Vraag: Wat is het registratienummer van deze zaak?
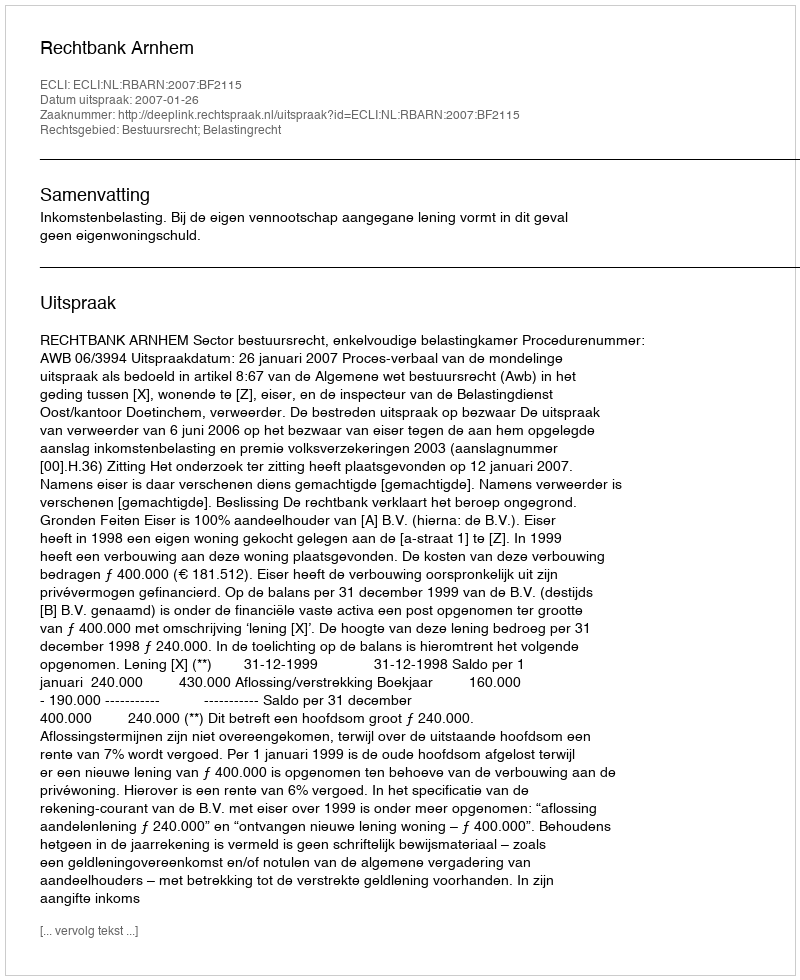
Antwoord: http://deeplink.rechtspraak.nl/uitspraak?id=ECLI:NL:RBARN:2007:BF2115